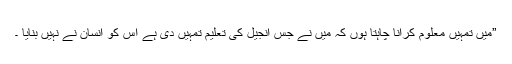
”میں تمہیں معلوم کرانا چاہتا ہوں کہ میں نے جس انجیل کی تعلیم تمہیں دی ہے اس کو انسان نے نہیں بنایا ۔